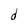
Character: d